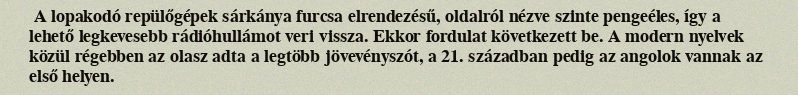
A lopakodó repülőgépek sárkánya furcsa elrendezésű, oldalról nézve szinte pengeéles, így a lehető legkevesebb rádióhullámot veri vissza. Ekkor fordulat következett be. A modern nyelvek közül régebben az olasz adta a legtöbb jövevényszót, a 21. században pedig az angolok vannak az első helyen.